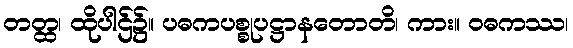
တတ္ထ၊ ထိုပါဌ်၌။ ပဓကပစ္စုပဋ္ဌာနတောတိ၊ ကား။ ဝဓကဿ၊